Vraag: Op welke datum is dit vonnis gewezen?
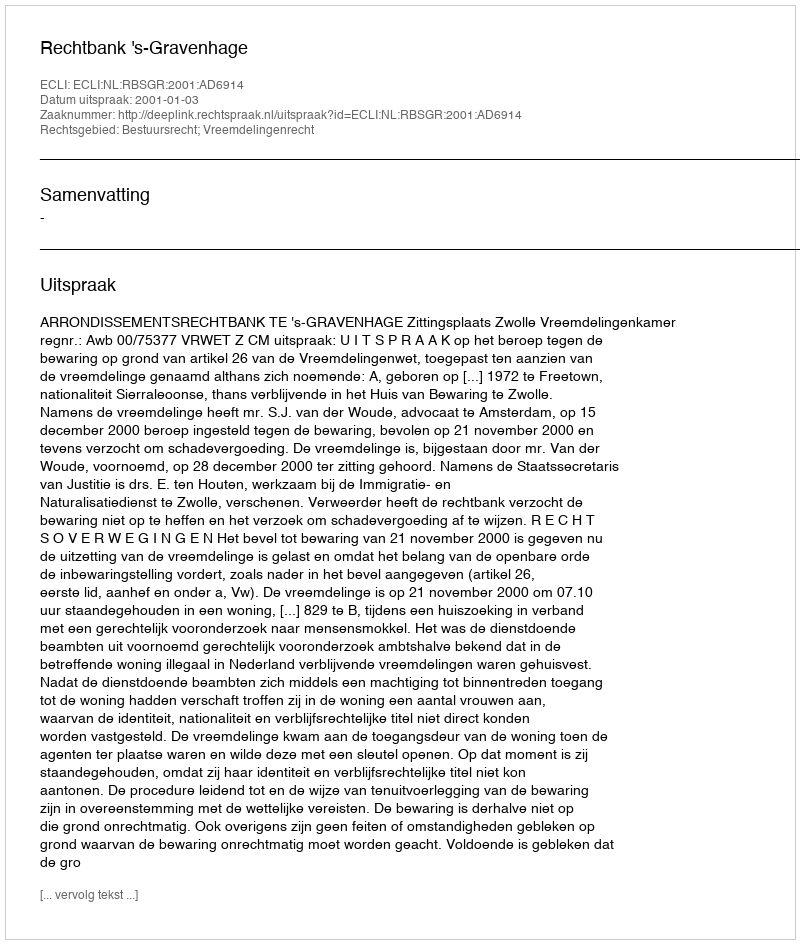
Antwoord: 2001-01-03